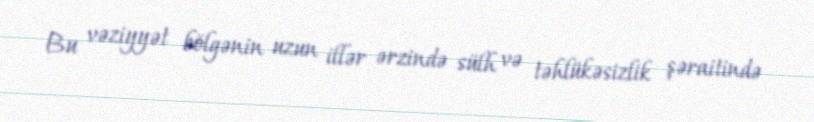
Bu vəziyyət bölgənin uzun illər ərzində sülh və təhlükəsizlik şəraitində